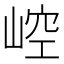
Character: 崆